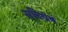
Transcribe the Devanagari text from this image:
सतिग्रंथ